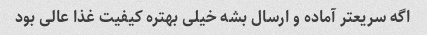
اگه سریعتر آماده و ارسال بشه خیلی بهتره کیفیت غذا عالی بود